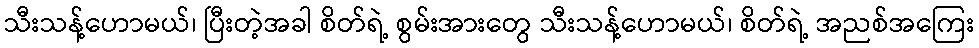
သီးသန့်ဟောမယ်၊ ပြီးတဲ့အခါ စိတ်ရဲ့ စွမ်းအားတွေ သီးသန့်ဟောမယ်၊ စိတ်ရဲ့ အညစ်အကြေး